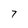
Character: 7